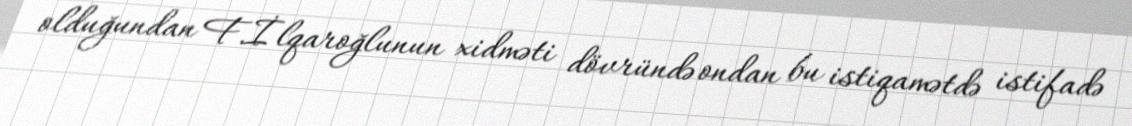
olduğundan F.İlqaroğlunun xidməti dövründə ondan bu istiqamətdə istifadə